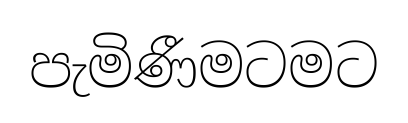
පැමිණීමටමට